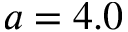
a = 4 . 0